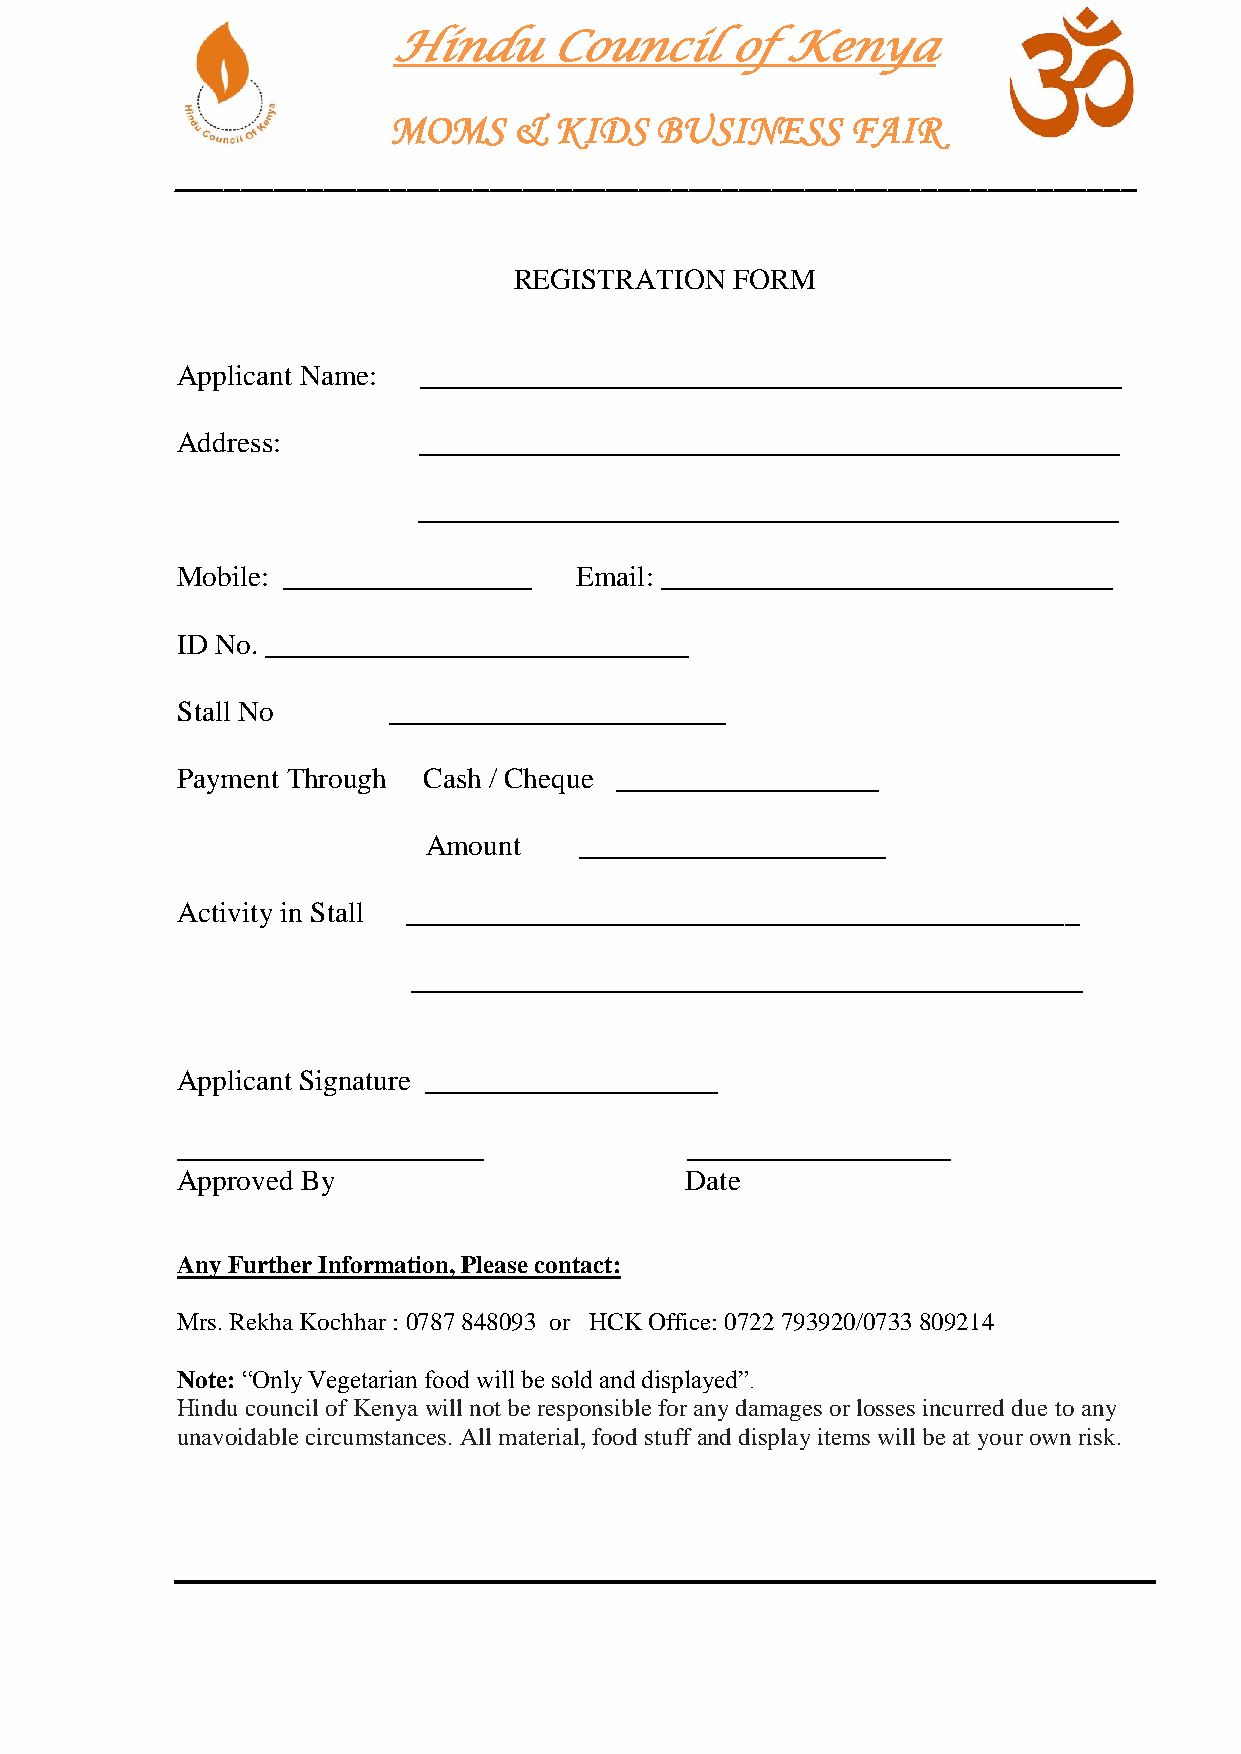
Hindu     Council     of  Kenya
 MOMS    &  KIDS  BUSINESS     FAIR
 __________________________________________________________
 REGISTRATION   FORM
 Applicant Name: ________________________________________________
 Address:        ________________________________________________
 ________________________________________________
 Mobile: _________________ Email: _______________________________
 ID No. _____________________________
 Stall No      _______________________
 Payment Through Cash / Cheque __________________
 Amount    _____________________
 Activity in Stall ______________________________________________
 ______________________________________________
 Applicant Signature ____________________
 _____________________             __________________
 Approved By                      Date
 Any Further Information, Please contact:
 Mrs. Rekha Kochhar : 0787 848093 or HCK Office: 0722 793920/0733 809214
 Note: “Only Vegetarian food will be sold and displayed”.
 Hindu council of Kenya will not be responsible for any damages or losses incurred due to any
 unavoidable circumstances. All material, food stuff and display items will be at your own risk.